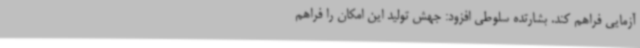
آزمایی فراهم کند. بشارتده سلوطی افزود: جهش تولید این امکان را فراهم